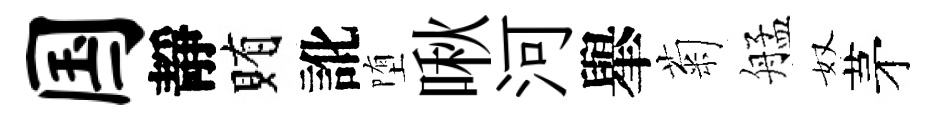
国靜賄訛堕啾河𦦙菊艋奴茅